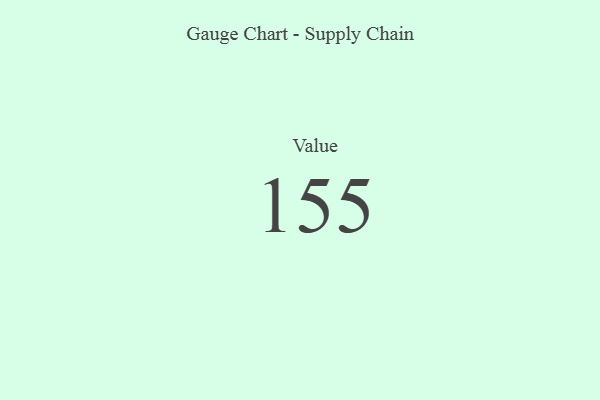
{"axis": {"x": "Metric", "y": "Value"}, "legend": [""], "data": [{"x": "Value", "y": 155, "type": ""}]}